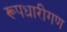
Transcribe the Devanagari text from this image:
रूपधारीगण